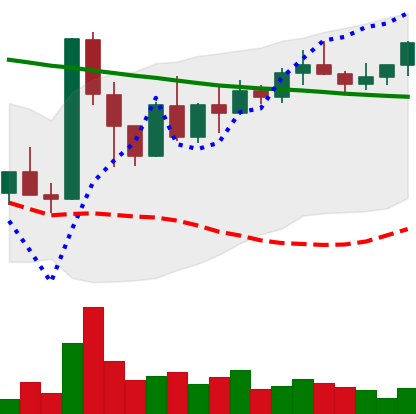
Ticker: XMR-USD
Chart end date: 2022-03-24
Forward return: 8.866%
Label: up_7plus